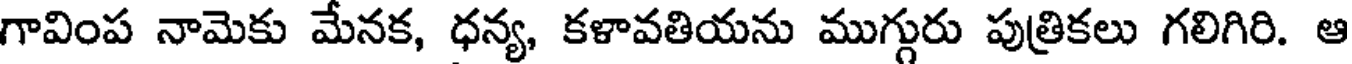
గావింప నామెకు మేనక, ధన్య, కళావతియను ముగ్గురు పుత్రికలు గలిగిరి. ఆ